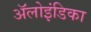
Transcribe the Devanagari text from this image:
ॲलोइंडिका